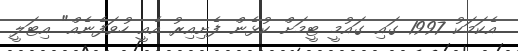
އެކަމަކު 1997 ގައި ގައުމީ ޓީމަށް ކުޅެން ފެށިއިރު އެއީ ހުވަފެނެއް" އިޓަލީ